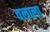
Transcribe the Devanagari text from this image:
वलाला